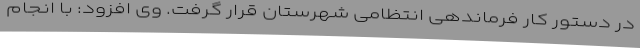
در دستور کار فرماندهی انتظامی شهرستان قرار گرفت. وی افزود: با انجام